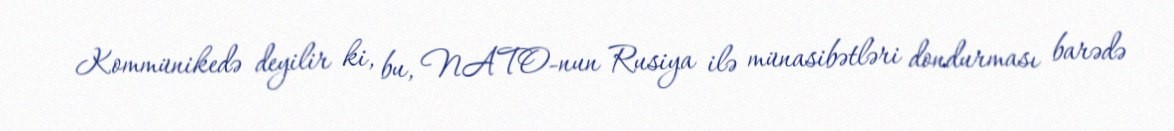
Kommünikedə deyilir ki, bu, NATO-nun Rusiya ilə münasibətləri dondurması barədə